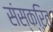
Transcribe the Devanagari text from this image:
संस्क्ऱित